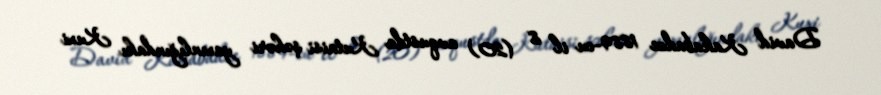
David Kakabadze 1889-cu il 8 (20) avqustda Kutaisi şəhəri yaxınlığındakı Kuxi